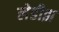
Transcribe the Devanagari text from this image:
लेडीझ